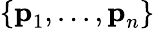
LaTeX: \{ {\textbf{p}}_{1},...,{\textbf{p}}_{n}\}